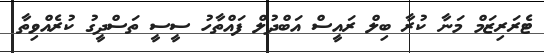
ޓެރަރިޒަމް މަނާ ކުރާ ބިލް ރައީސް އަބްދުލް ފައްތާހު ސީސީ ތަސްދީގު ކުރެއްވިތާ